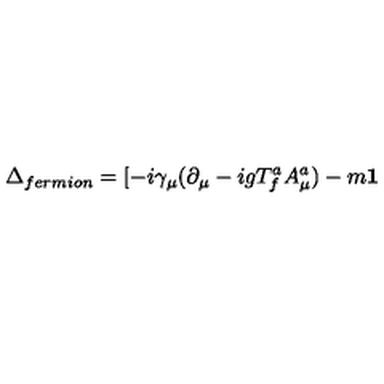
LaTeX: \Delta _ { f e r m i o n } = [ - i \gamma _ { \mu } ( \partial _ { \mu } - i g T _ { f } ^ { a } A _ { \mu } ^ { a } ) - m { \bf 1 }